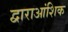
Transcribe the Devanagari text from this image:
द्वाराआंशिक